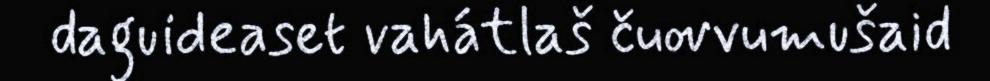
daguideaset vahátlaš čuovvumušaid